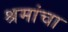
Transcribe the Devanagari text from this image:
श्रमांचा